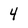
Character: 4